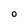
Character: O